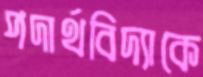
পদার্থবিদ্যাকে